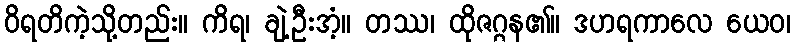
ဝိရတိကဲ့သို့တည်း။ ကိရ၊ ချဲ့ဦးအံ့။ တဿ၊ ထိုဇဂ္ဂန၏။ ဒဟရကာလေ ယေဝ၊